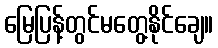
မြေပြန့်တွင်မတွေ့နိုင်ချေ။